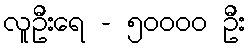
လူဦးရေ - ၅၀၀၀၀ ဦး